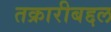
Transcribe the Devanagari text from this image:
तक्रारीबद्दल